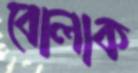
বোলাক